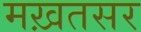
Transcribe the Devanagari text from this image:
मख़तसर